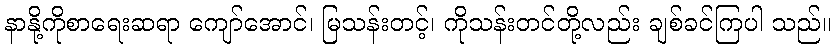
နာနို့ကိုစာရေးဆရာ ကျော်အောင်၊ မြသန်းတင့်၊ ကိုသန်းတင်တို့လည်း ချစ်ခင်ကြပါ သည်။